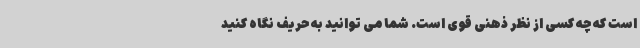
است که چه کسی از نظر ذهنی قوی است. شما می توانید به حریف نگاه کنید